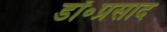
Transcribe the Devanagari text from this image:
डॉ॰प्रसाद